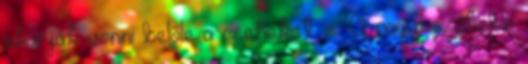
akarják vonni belőle a cseheket is. A nagyi szűkebb